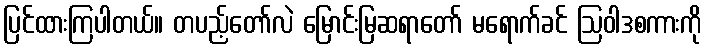
ပြင်ထားကြပါတယ်။ တပည့်တော်လဲ မြောင်းမြဆရာတော် မရောက်ခင် ဩဝါဒစကားကို